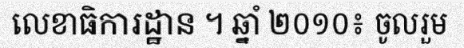
លេខាធិការដ្ឋាន ។ ឆ្នាំ ២០១០៖ ចូលរួម